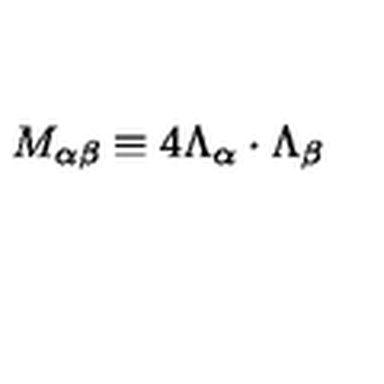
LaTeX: M _ { \alpha \beta } \equiv 4 \Lambda _ { \alpha } \cdot \Lambda _ { \beta }